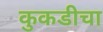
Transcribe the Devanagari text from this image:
कुकडीचा